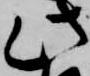
此